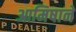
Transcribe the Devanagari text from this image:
आमिषाने